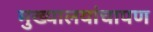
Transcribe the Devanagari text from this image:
मुख्यालयांचापण